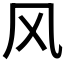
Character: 风